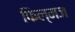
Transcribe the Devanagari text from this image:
फिल्मज